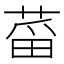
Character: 𱽻